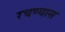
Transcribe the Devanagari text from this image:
रचण्यास